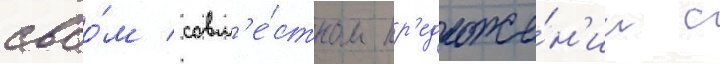
своо́м совм'е́стном пр'едложе́н'ии с